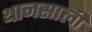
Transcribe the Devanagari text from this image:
थानसाली